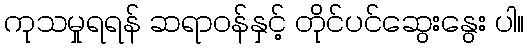
ကုသမှုရရန် ဆရာဝန်နှင့် တိုင်ပင်ဆွေးနွေး ပါ။